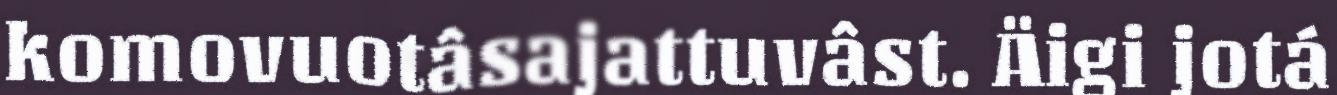
komovuotâsajattuvâst. Äigi jotá